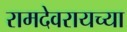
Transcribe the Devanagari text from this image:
रामदेवरायच्या